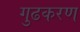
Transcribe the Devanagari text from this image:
गुढकरण